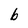
Character: b